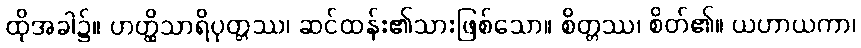
ထိုအခါ၌။ ဟတ္ထိသာရိပုတ္တဿ၊ ဆင်ထန်း၏သားဖြစ်သော။ စိတ္တဿ၊ စိတ်၏။ ယဟာယကာ၊